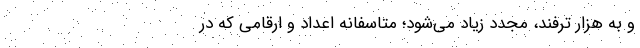
و به هزار ترفند، مجدد زیاد می‌شود؛ متاسفانه اعداد و ارقامی که در